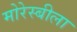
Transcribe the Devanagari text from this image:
मोरेस्बीला